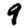
Digit: 9